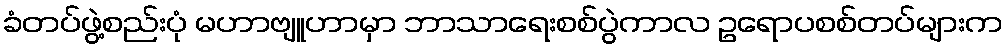
ခံတပ်ဖွဲ့စည်းပုံ မဟာဗျူဟာမှာ ဘာသာရေးစစ်ပွဲကာလ ဥရောပစစ်တပ်များက